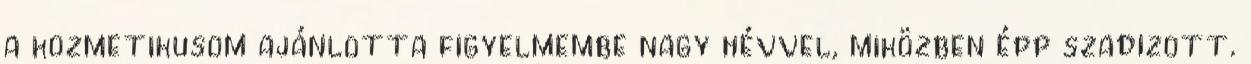
a kozmetikusom ajánlotta figyelmembe nagy hévvel, miközben épp szadizott.